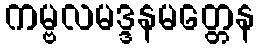
ကမ္ဗလမဒ္ဒနမတ္တေန